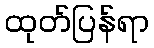
ထုတ်ပြန်ရာ